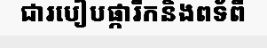
ជារបៀបផ្ការីកនិងពទ័ពី